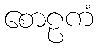
စောဠကံ